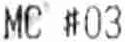
MC #03